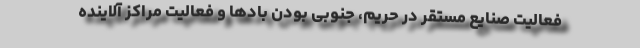
فعالیت صنایع مستقر در حریم، جنوبی بودن بادها و فعالیت مراکز آلاینده